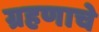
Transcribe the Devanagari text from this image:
ग्रहणाचे